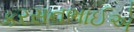
કરસનભાઈએ